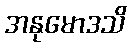
အနုမောဒသိ